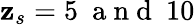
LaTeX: \mathbf{z}_{s}=5\ \mathrm{{~a~n~d~}}\ 10